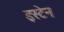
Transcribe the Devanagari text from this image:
इस्टेन